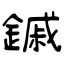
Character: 鏚